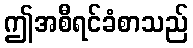
ဤအစီရင်ခံစာသည်